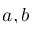
a , b